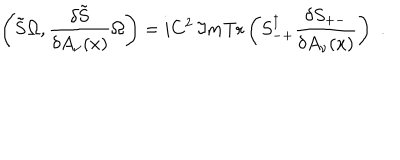
\left( \tilde { \bf S } \Omega , \frac { \delta \tilde { \bf S } } { \delta A _ { \nu } ( x ) } \Omega \right) = i C ^ { 2 } \, \Im m \mathrm { T r } \left( S _ { - + } ^ { \dagger } \frac { \delta S _ { + - } } { \delta A _ { \nu } ( x ) } \right) \, \, .